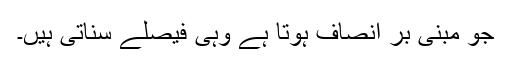
جو مبنی بر انصاف ہوتا ہے وہی فیصلے سناتی ہیں۔